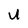
Character: u